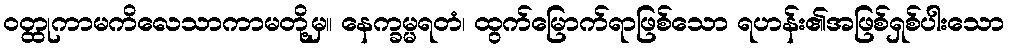
ဝတ္ထုကာမကိလေသာကာမတို့မှ။ နေက္ခမ္မရတံ၊ ထွက်မြောက်ရာဖြစ်သော ရဟန်း၏အဖြစ်ရှစ်ပါးသော